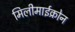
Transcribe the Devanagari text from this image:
मिलीमाईक्रोन